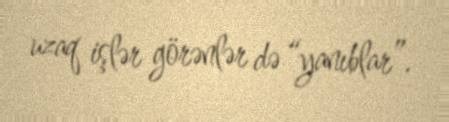
uzaq işlər görənlər də “yanıblar”.